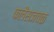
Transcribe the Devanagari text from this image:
फलैसजवळ